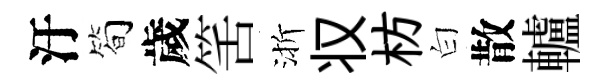
汙简歲筈渐𠬧枋白散轤